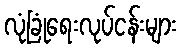
လုံခြုံရေးလုပ်ငန်းများ